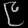
Digit: ၉